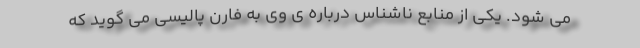
می شود. یکی از منابع ناشناس درباره ی وی به فارن پالیسی می گوید که